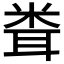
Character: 𥹢